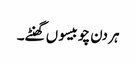
ہر دن چوبیسو ں گھنٹے۔